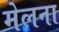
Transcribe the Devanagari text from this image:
मेलना